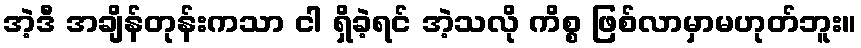
အဲ့ဒီ အချိန်တုန်းကသာ ငါ ရှိခဲ့ရင် အဲ့သလို ကိစ္စ ဖြစ်လာမှာမဟုတ်ဘူး။